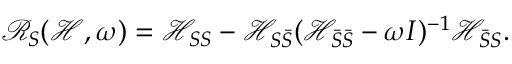
\mathcal { R } _ { S } ( \mathcal { H } , \omega ) = \mathcal { H } _ { S S } - \mathcal { H } _ { S \bar { S } } ( \mathcal { H } _ { \bar { S } \bar { S } } - \omega I ) ^ { - 1 } \mathcal { H } _ { \bar { S } S } .